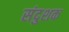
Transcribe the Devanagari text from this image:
संदुशक